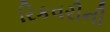
રિકવરીની